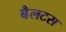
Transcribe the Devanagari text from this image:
बैलटस